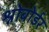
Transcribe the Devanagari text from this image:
श्नोबोर्डर